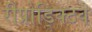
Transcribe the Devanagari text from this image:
रीप्रोड्क्टिव